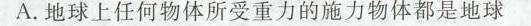
A.地球上任何物体所受重力的施力物体都是地球